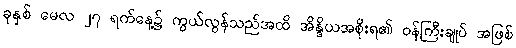
ခုနှစ် မေလ ၂၇ ရက်နေ့၌ ကွယ်လွန်သည်အထိ အိန္ဒိယအစိုးရ၏ ဝန်ကြီးချုပ် အဖြစ်